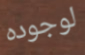
لوجوده